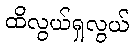
ထိလွယ်ရှလွယ်